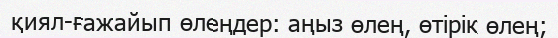
қиял-ғажайып өлеңдер: аңыз өлең, өтірік өлең;